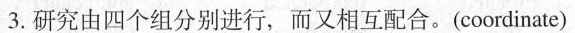
3.研究由四个组分别进行，而又相互配合。(coordinate)